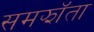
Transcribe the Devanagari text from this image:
समझॉता